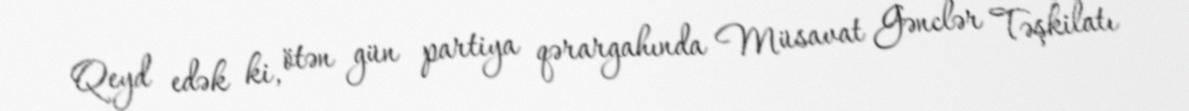
Qeyd edək ki, ötən gün partiya qərargahında Müsavat Gənclər Təşkilatı